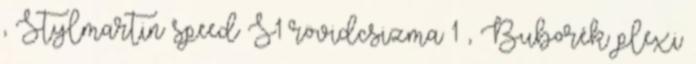
, Stylmartin speed S1 rövidcsizma 1 , Buborék plexi